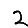
Digit: 2